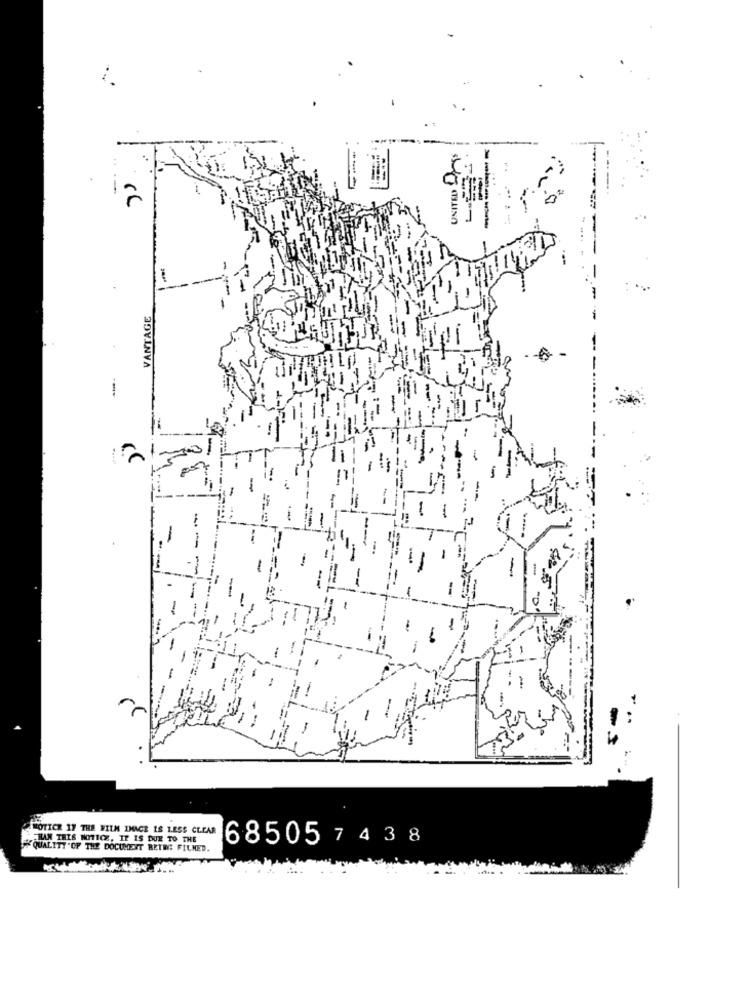
UNITED 10
-
VANTAGE
--
...
NOTICE 17 THE WILM IMAGE IS LESS CLEAR
KAN THIS NOTICE, IF IS DUE TO THE
685057 43 8
QUALITY "OF THE DOCUMENT BETEG FILMED.